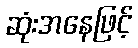
ဆုံးအနေဖြင့်